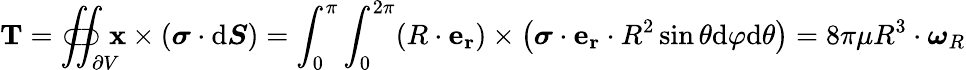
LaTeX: \mathbf{T}=\iint_{\partial V}\! \! \! \! \! \! \! \! \! \! \! \! \! \! \subset\! \supset\mathbf{x}\times\left({\boldsymbol{\sigma}}\cdot{\mathrm{d}}{\boldsymbol{S}}\right)=\int_{0}^{\pi}\int_{0}^{2\pi}(R\cdot\mathbf{e_{r}})\times\left({\boldsymbol{\sigma}}\cdot\mathbf{e_{r}}\cdot R^{2}\sin\theta{\mathrm{d}}\varphi{\mathrm{d}}\theta\right)=8\pi\mu R^{3}\cdot{\boldsymbol{\omega}}_{R}